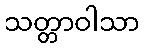
သတ္တာဝါသာ